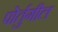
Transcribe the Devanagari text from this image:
पोर्तुगील